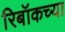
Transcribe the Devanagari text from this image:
रिबॉकच्या